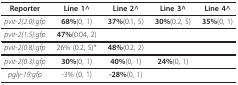
<table><thead><tr><td><b>Reporter</b></td><td><b>Line 1^</b></td><td><b>Line 2^</b></td><td><b>Line 3^</b></td><td><b>Line 4^</b></td></tr></thead><tbody><tr><td><i>pvit-2(2.0):gfp</i></td><td><b>68%</b>(0, 1)</td><td><b>37%</b>(0.1, 5)</td><td><b>30%</b>(0.2, 5)</td><td><b>35%</b>(0, 1)</td></tr><tr><td><i>pvit-2(1.5):gfp </i></td><td><b>47%</b>(0.04, 2)</td><td>[EMPTY_CELL]</td><td>[EMPTY_CELL]</td><td>[EMPTY_CELL]</td></tr><tr><td><i>pvit-2(0.8):gfp </i></td><td>26% (0.2, 5)*</td><td><b>48%</b>(0.2, 2)</td><td>[EMPTY_CELL]</td><td>[EMPTY_CELL]</td></tr><tr><td><i>pvit-2(0.3):gfp </i></td><td><b>30%</b>(0, 1)</td><td><b>40%</b>(0, 1)</td><td><b>24%</b>(0, 1)</td><td>[EMPTY_CELL]</td></tr><tr><td><i>pgly-19:gfp</i></td><td>-3% (0, 1)</td><td><b>-28%</b>(0, 1)</td><td>[EMPTY_CELL]</td><td>[EMPTY_CELL]</td></tr></tbody></table>